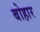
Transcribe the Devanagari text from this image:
बोहार